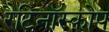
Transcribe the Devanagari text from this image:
रैटिनॉस्कोप